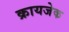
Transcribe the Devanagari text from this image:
क्रायजेक